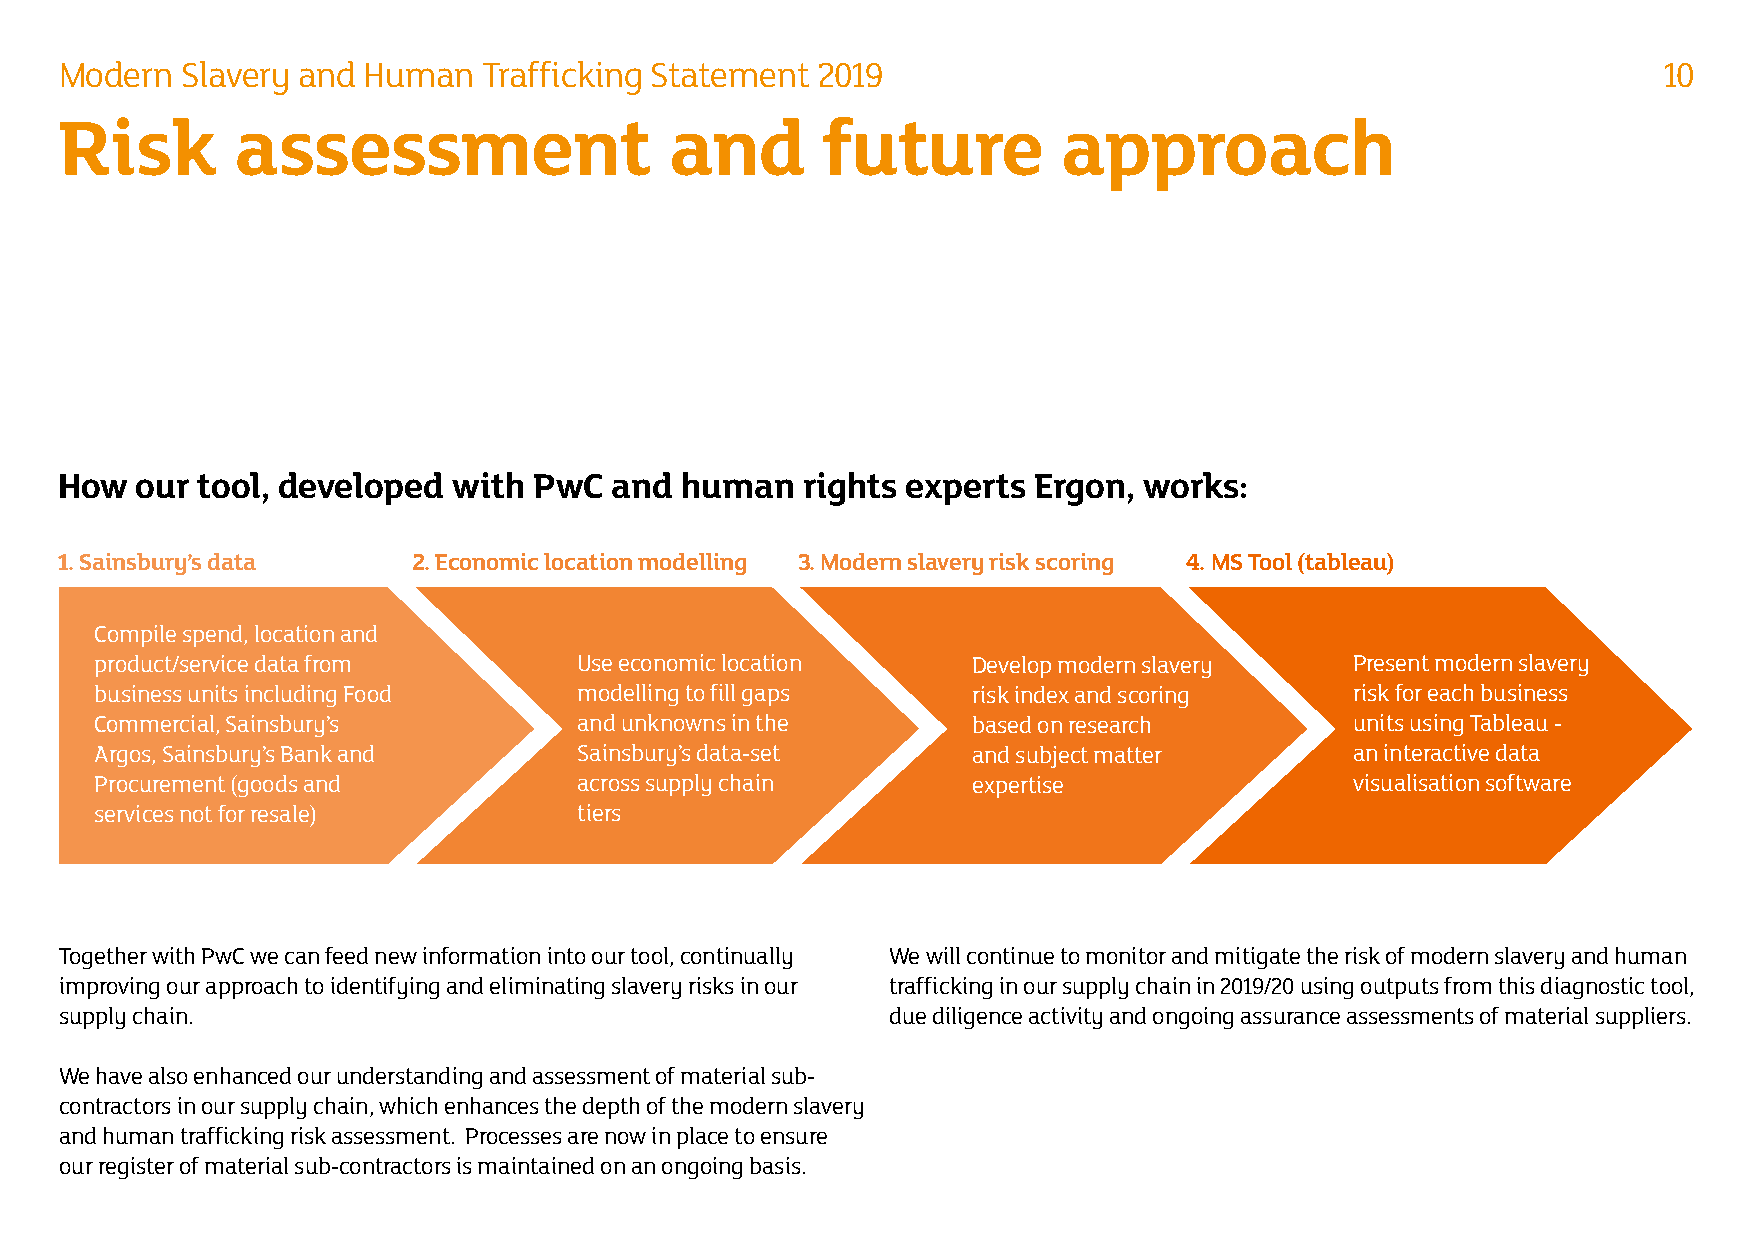
Modern  Slavery and Human   Trafficking Statement 2019                                                    10
 Risk        assessment                  and       future          approach
 How  our tool, developed  with PwC   and human   rights experts Ergon,  works:
 1. Sainsbury’s data    2. Economic location modelling 3. Modern slavery risk scoring 4. MS Tool (tableau)
 Compile spend, location and
 product/service data from       Use economic location     Develop modern slavery    Present modern slavery
 business units including Food   modelling to fill gaps    risk index and scoring    risk for each business
 Commercial, Sainsbury’s         and unknowns in the       based on research         units using Tableau -
 Argos, Sainsbury’s Bank and     Sainsbury’s data-set      and subject matter        an interactive data
 Procurement (goods and          across supply chain       expertise                 visualisation software
 services not for resale)        tiers
 Together with PwC we can feed new information into our tool, continually We will continue to monitor and mitigate the risk of modern slavery and human
 improving our approach to identifying and eliminating slavery risks in our trafficking in our supply chain in 2019/20 using outputs from this diagnostic tool,
 supply chain.                                          due diligence activity and ongoing assurance assessments of material suppliers.
 We have also enhanced our understanding and assessment of material sub-
 contractors in our supply chain, which enhances the depth of the modern slavery
 and human trafficking risk assessment. Processes are now in place to ensure
 our register of material sub-contractors is maintained on an ongoing basis.